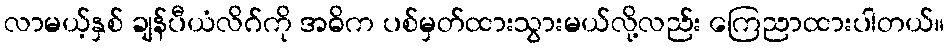
လာမယ့်နှစ် ချန်ပီယံလိဂ်ကို အဓိက ပစ်မှတ်ထားသွားမယ်လို့လည်း ကြေညာထားပါတယ်။